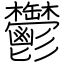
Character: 鬱